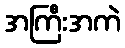
အကြီးအကဲ